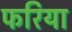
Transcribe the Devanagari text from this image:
फरिया